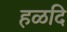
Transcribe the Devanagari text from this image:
हळदि